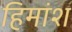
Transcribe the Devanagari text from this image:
हिमांश